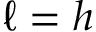
\ell = h